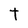
Character: t